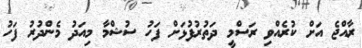
ރާއްޖެ އަށް ކުރެއްވި ރަސްމީ ދަތުރުފުޅަށް ފަހު ސުޝްމާ މިއަދު މެންދުރު ފަހު